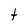
Character: t